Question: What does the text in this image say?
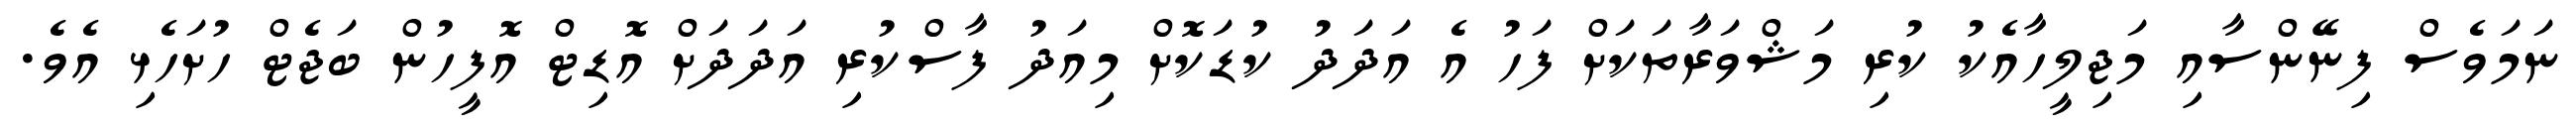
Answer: ނަމަވެސް ފިނޭންސާއި މަޖިލީހާއެކު ކުރި މަޝްވަރާތަކަށް ފަހު އެ އަދަދު ކުޑަކޮށް މިއަދު ފާސްކުރި އަދަދަށް އޮޑިޓް އޮފީހުން ބަޖެޓް ހުށަހެޅި އެވެ.